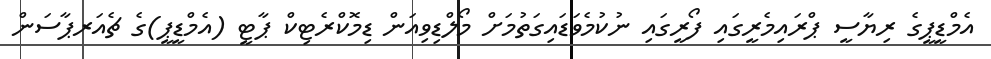
އެމްޑީޕީގެ ރިޔާސީ ޕްރައިމެރީގައި ފޯރީގައި ނުކުމެވަޑައިގަތުމަށް މޯލްޑިވިއަން ޑިމޮކްރެޓިކް ޕާޓީ (އެމްޑީޕީ)ގެ ޗެއަރޕާސަން